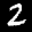
Label: 2